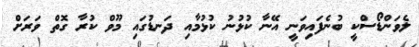
ލެވަންޑޯސްކީ ބުނެފައިވަނީ އޭނާ ކުޅުނު ކުޅުމާއި ދަނޑުގައި މޫވް ކުރާ ގޮތް ވަރަށް